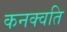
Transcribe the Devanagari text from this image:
कनक्वति